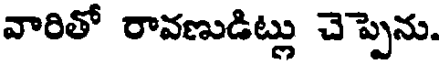
వారితో రావణుడిట్లు చెప్పెను.